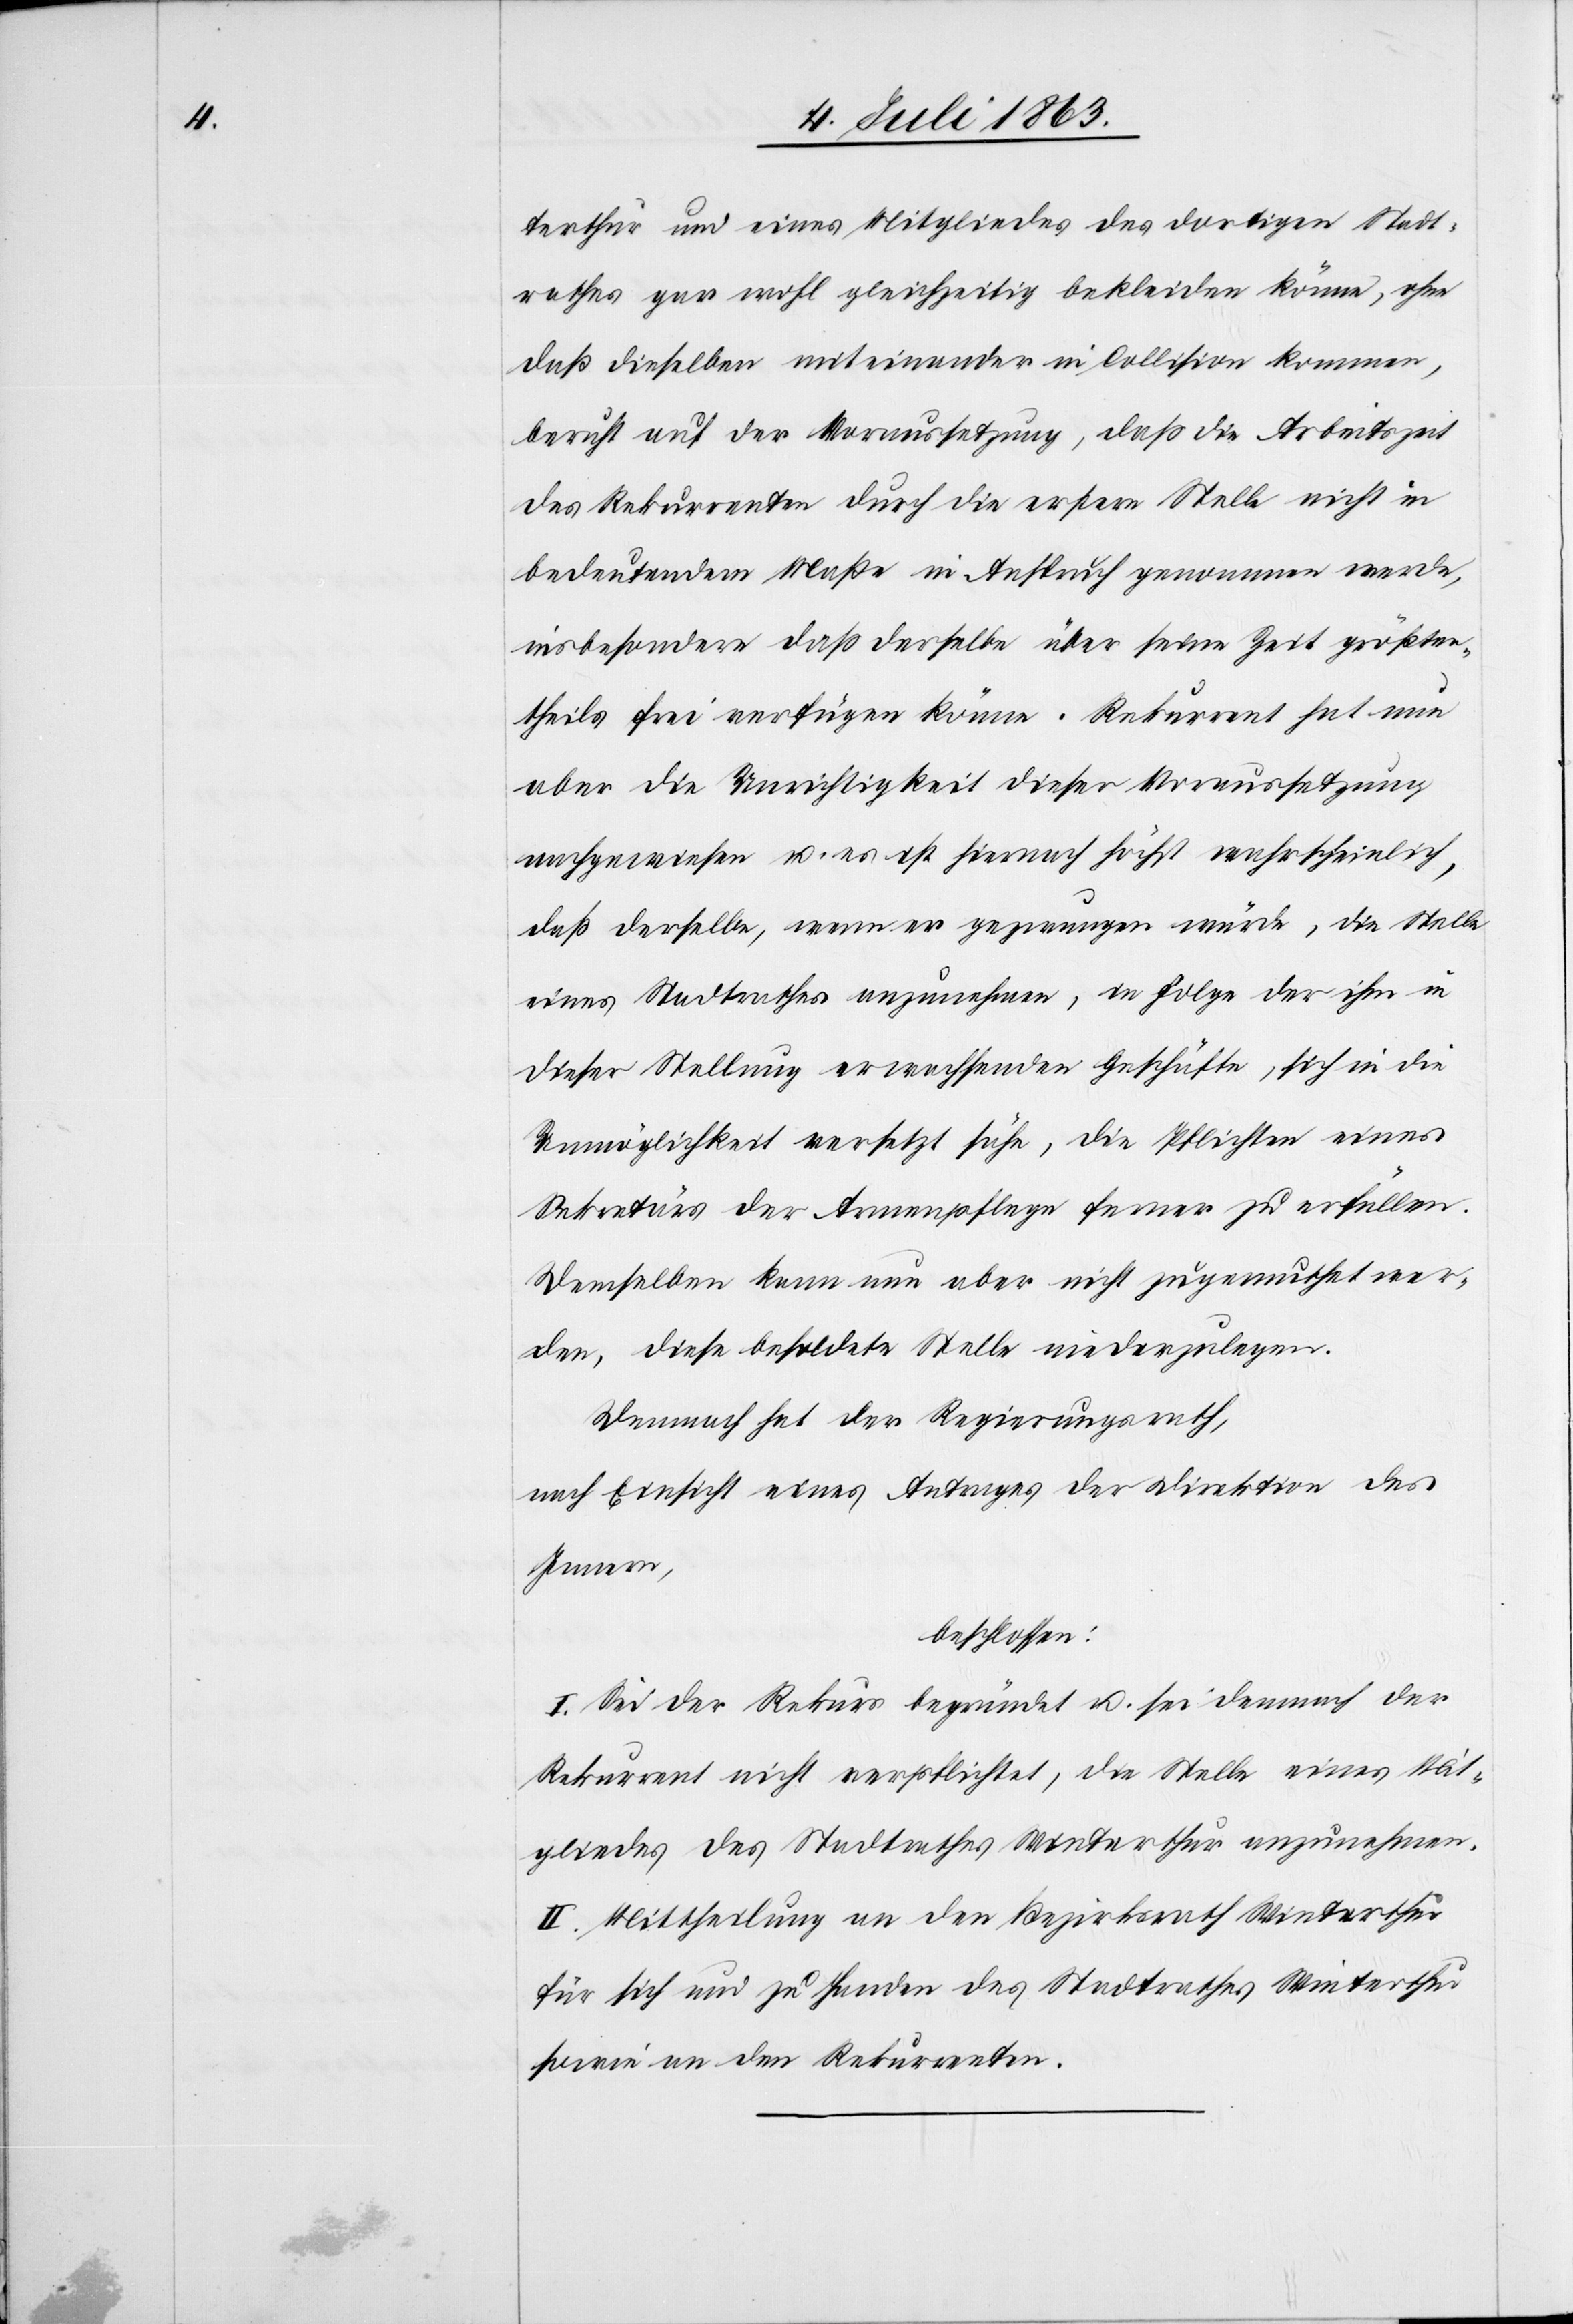
terthur und eines Mitgliedes des dortigen Stadt¬
rathes gar wohl gleichzeitig bekleiden könne, ohne
daß dieselben miteinander in Collision kommen,
beruht auf der Voraussetzung, daß die Arbeitszeit
des Rekurrenten durch die erstere Stelle nicht in
bedeutendem Maße in Anspruch genommen werde,
insbesondere daß derselbe über seine Zeit größten¬
theils frei verfügen könne. Rekurrent hat nun
aber die Unrichtigkeit dieser Voraussetzung
nachgewiesen u. es ist hierauf höchst wahrscheinlich,
daß derselbe wenn er gezwungen würde, die Stelle
eines Stadtrathes anzunehmen, in Folge der ihm in
dieser Stellung erwachsenden Geschäfte, sich in die
Unmöglichkeit versetzt sühe, die Pflichten eines
Sekretärs der Armenpflege ferner zu erfüllen.
Demselben kann nun aber nicht zugemuthet wer¬
den, diese besoldete Stelle niederzulegen.
Demnach hat der Regierungsrath,
nach Einsicht eines Antrages der Direktion des
Innern,
beschlossen:
I. Sei der Rekurs begründet u. sei demnach der
Rekurrent nicht verpflichtet, die Stelle eines Mit¬
gliedes des Stadtrathes Winterthur anzunehmen.
II. Mittheilung an den Bezirksrath Winterthur
für sich und zu Handen des Stadtrathes Winterthur
sowie an den Rekurrenten.